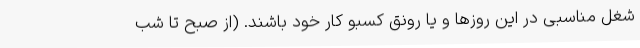
شغل مناسبی در این روزها و یا رونق کسبو کار خود باشند. (از صبح تا شب